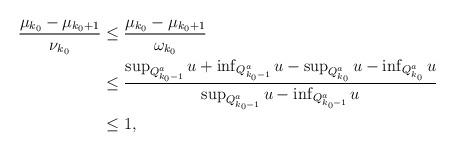
LaTeX: \begin{align*} \begin{aligned} \frac{\mu_{k_0}-\mu_{k_0+1}}{\nu_{k_0}}&\leq \frac{\mu_{k_0}-\mu_{k_0+1}}{\omega_{k_0}}\\ &\leq \frac{\sup_{Q_{k_0-1}^a}u+\inf_{Q_{k_0-1}^a}u-\sup_{Q_{k_0}^a}u-\inf_{Q_{k_0}^a}u}{\sup_{Q_{k_0-1}^a}u-\inf_{Q_{k_0-1}^a}u}\\ &\leq 1,\\ \end{aligned} \end{align*}